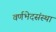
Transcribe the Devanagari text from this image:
वर्णभेदसंस्था